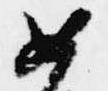
如